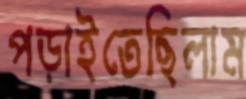
পড়াইতেছিলাম